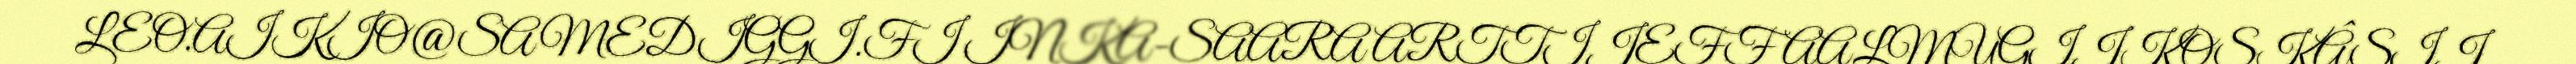
LEO.AIKIO@SAMEDIGGI.FI INKA-SAARA ARTTIJEFF AALMUGIJKOSKÂSIJ